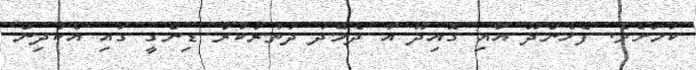
ކަމަށެވެ. ފެހެންދޫ އާއި ގޮއިދޫ އާ ދެމެދު ދަތުރުކުރާ ޑިންގީ ގައި އެކުދިން